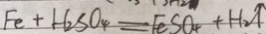
F e + H _ { 2 } S O _ { 4 } = F e S O _ { 4 } + H _ { 2 } \uparrow